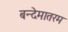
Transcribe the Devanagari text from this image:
बन्देमातरम